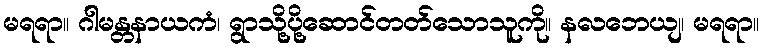
မရရာ။ ဂါမန္တနာယကံ၊ ရွာသို့ပို့ဆောင်တတ်သောသူကို။ နလဘေယျ၊ မရရာ။